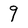
Character: 9